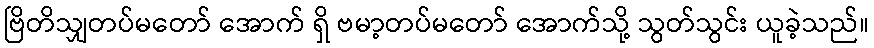
ဗြိတိသျှတပ်မတော် အောက် ရှိ ဗမာ့တပ်မတော် အောက်သို့ သွတ်သွင်း ယူခဲ့သည်။